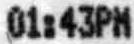
01:43PM